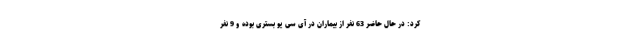
کرد: در حال حاضر 63 نفر از بیماران در آی سی یو بستری بوده و 9 نفر